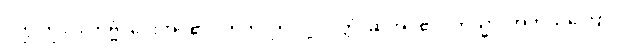
ဝတ္ထုကို။ ဒါတဗ္ဗံ၊ ပေးအပ်၏။ ဣတိ၊ ဤသို့။ ဝုတ္တံ၊ ဆိုအပ်၏။ ကသ္မာ၊ အဘယ်ကြောင့်။